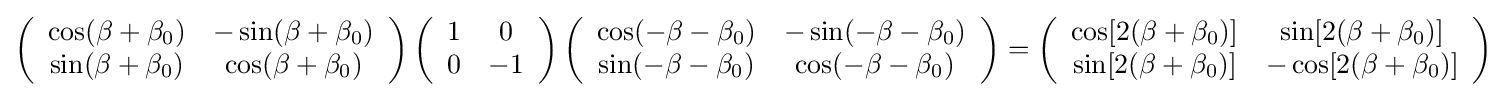
\left({\begin{array}{cc}\cos(\beta +\beta _{0})&-\sin(\beta +\beta _{0})\\\sin(\beta +\beta _{0})&\cos(\beta +\beta _{0})\\\end{array}}\right)\left({\begin{array}{cc}1&0\\0&-1\\\end{array}}\right)\left({\begin{array}{cc}\cos(-\beta -\beta _{0})&-\sin(-\beta -\beta _{0})\\\sin(-\beta -\beta _{0})&\cos(-\beta -\beta _{0})\\\end{array}}\right)=\left({\begin{array}{cc}\cos[2(\beta +\beta _{0})]&\sin[2(\beta +\beta _{0})]\\\sin[2(\beta +\beta _{0})]&-\cos[2(\beta +\beta _{0})]\\\end{array}}\right)